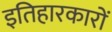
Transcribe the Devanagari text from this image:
इतिहारकारों